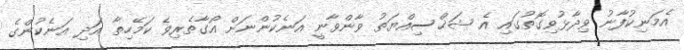
އެމަނިކުފާނު ވިދާޅުވިގޮތުގައި އެ ޝަޚްސިއްޔަތު ވާންވާނީ އަނެކުންނަށް އޯގާތެރިވެ ކަމޭހިތާ އަދި އަނެކުންގެ